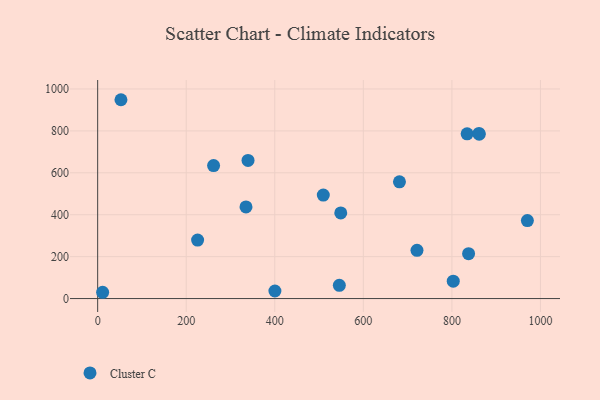
{"axis": {"x": "Distance", "y": "Sales"}, "legend": ["Cluster C"], "data": [{"x": "52.6", "y": 948.7, "type": "Cluster C"}, {"x": "721.2", "y": 230.3, "type": "Cluster C"}, {"x": "803.1", "y": 83.0, "type": "Cluster C"}, {"x": "681.6", "y": 557.0, "type": "Cluster C"}, {"x": "400.3", "y": 36.2, "type": "Cluster C"}, {"x": "834.4", "y": 786.0, "type": "Cluster C"}, {"x": "970.5", "y": 372.3, "type": "Cluster C"}, {"x": "861.7", "y": 783.9, "type": "Cluster C"}, {"x": "861.2", "y": 788.0, "type": "Cluster C"}, {"x": "335.0", "y": 437.2, "type": "Cluster C"}, {"x": "545.8", "y": 63.2, "type": "Cluster C"}, {"x": "261.8", "y": 634.6, "type": "Cluster C"}, {"x": "509.6", "y": 493.9, "type": "Cluster C"}, {"x": "225.7", "y": 279.1, "type": "Cluster C"}, {"x": "11.2", "y": 30.0, "type": "Cluster C"}, {"x": "549.0", "y": 408.4, "type": "Cluster C"}, {"x": "837.7", "y": 214.1, "type": "Cluster C"}, {"x": "339.6", "y": 659.1, "type": "Cluster C"}]}